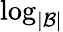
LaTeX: \log_{|\mathcal{B}|}